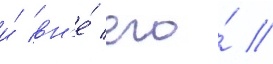
и́ вн'е́ его́ //